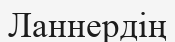
Ланнердің